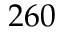
2 6 0